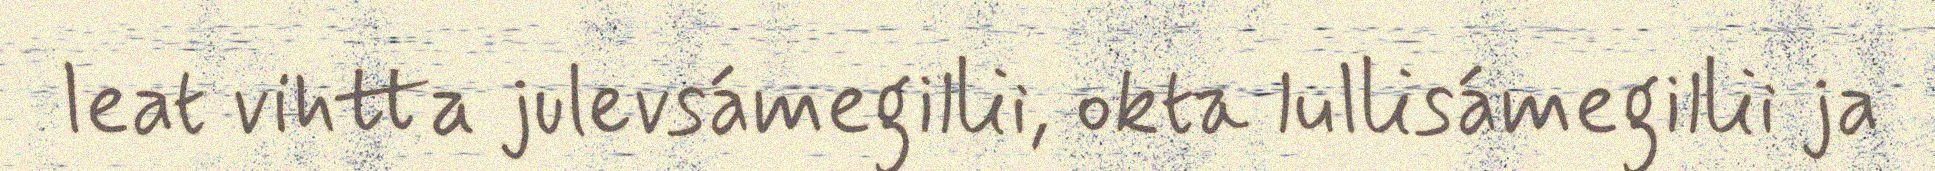
leat vihtta julevsámegillii, okta lullisámegillii ja